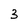
Character: 3